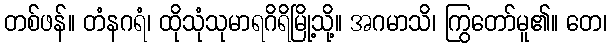
တစ်ဖန်။ တံနဂရံ၊ ထိုသုံသုမာရဂိရိမြို့သို့။ အဂမာသိ၊ ကြွတော်မူ၏။ တေ၊